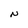
Character: N